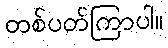
တစ်ပတ်ကြာပါ။